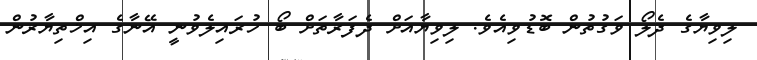
ލިވިޔާގެ ދެލޯ ވަގުތުން ބޮޑުވިއެވެ. ލިވިޔާއަށް ދެފަރާތަށް ބޯ ހުރައިލެވުނީ އޭނާގެ އިޚްތިޔާރުން